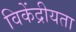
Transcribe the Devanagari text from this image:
विकेंद्रीयता